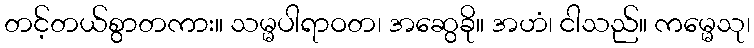
တင့်တယ်စွာတကား။ သမ္မပါရာဝတ၊ အဆွေခို။ အဟံ၊ ငါသည်။ ကမ္မေသု၊